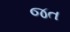
જત